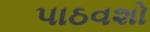
પાઠવશો